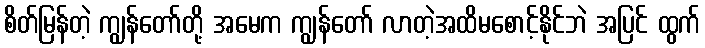
စိတ်မြန်တဲ့ ကျွန်တော်တို့ အမေက ကျွန်တော် လာတဲ့အထိမစောင့်နိုင်ဘဲ အပြင် ထွက်